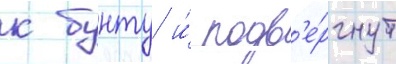
к бунту и́ подв'е́ргнут